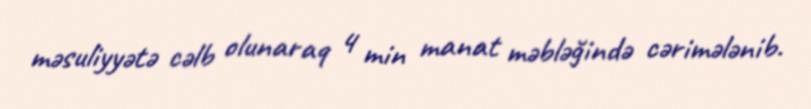
məsuliyyətə cəlb olunaraq 4 min manat məbləğində cərimələnib.